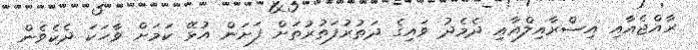
ރާއްޖެއާއި އިސްރާއިލްއާއި ދެމެދު ވައިގެ ދަތުރުފަތުުރުތަށް ފަށަން އުޅޭ ކަމަށް ވާހަކަ ދެކެވެން